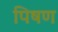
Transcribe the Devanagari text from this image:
पिषण